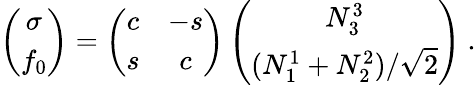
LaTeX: \left(\begin{array}{c}{{\sigma}}\\ {{f_{0}}}\end{array}\right)=\left(\begin{array}{cc}{{c}}&{{-s}}\\ {{s}}&{{c}}\end{array}\right)\left(\begin{array}{c}{{N_{3}^{3}}}\\ {{(N_{1}^{1}+N_{2}^{2})/\sqrt{2}}}\end{array}\right)\ .